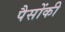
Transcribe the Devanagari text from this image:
पैसोंकी